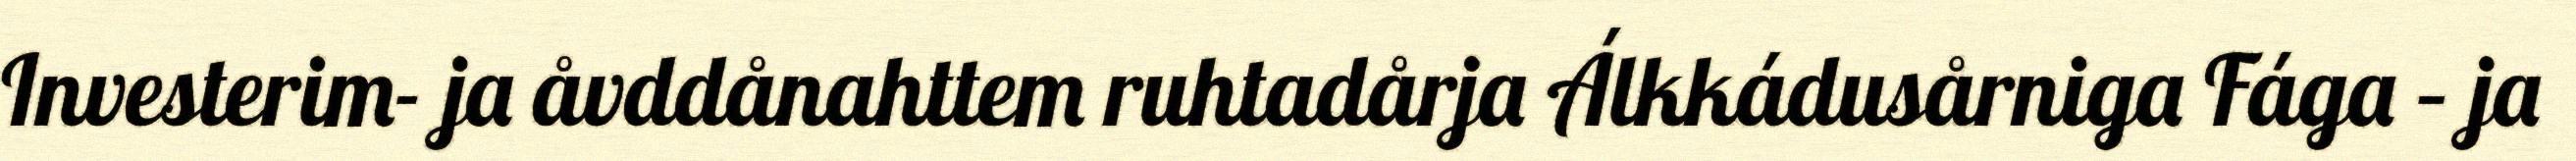
Investerim- ja åvddånahttem ruhtadårja Álkkádusårniga Fága – ja